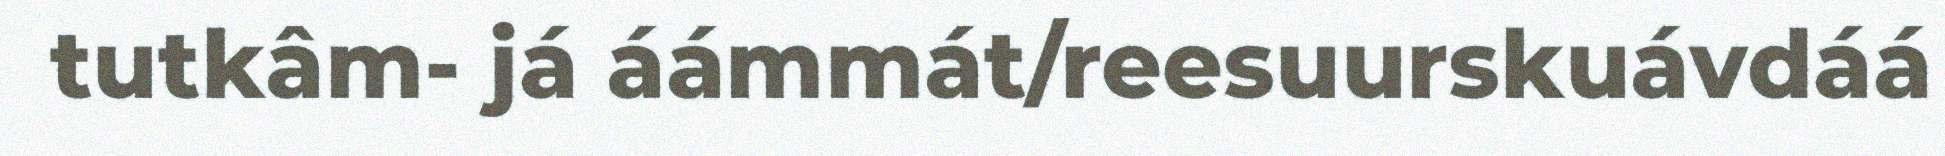
tutkâm- já áámmát/reesuurskuávdáá